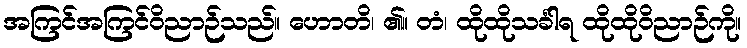
အကြင်အကြင်ဝိညာဉ်သည်။ ဟောတိ၊ ၏။ တံ၊ ထိုထိုသင်္ခါရ ထိုထိုဝိညာဉ်ကို။